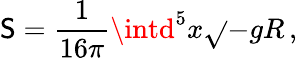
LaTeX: \mathsf{S}=\frac{{1}}{{16\pi}}\intd^{5}x\sqrt{}{{-g}}R\, ,